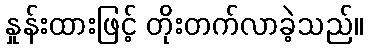
နှုန်းထားဖြင့် တိုးတက်လာခဲ့သည်။